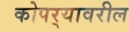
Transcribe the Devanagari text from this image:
कोपर्‍यावरील